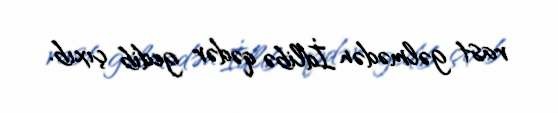
rast gəlmədən İdlibə qədər gedib çıxıb.